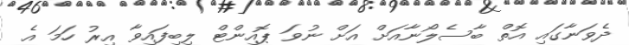
ދެވަނާގައި އޮތް ބާސެލޯނާއަށް އަށް ނުވަ ޕޮއިންޓް ލިބިފައިވާ އިރު ހަމަ އެ